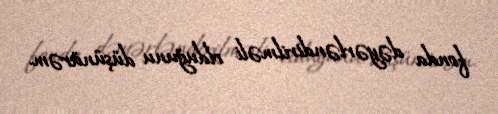
fonda dəyərləndirilməli olduğunu düşünürəm.